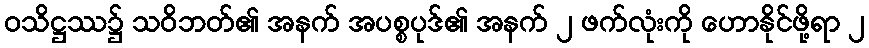
ဝသိဋ္ဌဿ၌ သဝိဘတ်၏ အနက် အပစ္စပုဒ်၏ အနက် ၂ ဖက်လုံးကို ဟောနိုင်ဖို့ရာ ၂